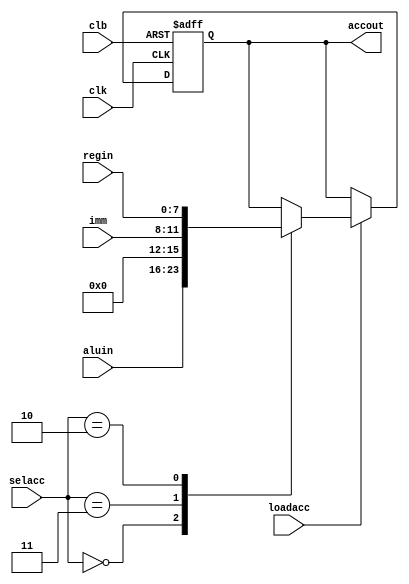
// accumulator
module accumulator(
    output wire [7:0] accout,
    input wire [7:0] aluin,
    input wire [7:0] regin,
    input wire [3:0] imm,
    input wire [1:0] selacc,
    input wire clk,
    input wire clb,
    input wire loadacc
);

reg [7:0] acc;
assign accout = acc;

always @(posedge clk or negedge clb) begin
    if(clb == 1'b0)
        acc <= 8'b0;
    else if (loadacc == 1'b1) begin
        case(selacc)
            2'b00: acc <= aluin;
            2'b11: acc <= {4'b0, imm};
            2'b10: acc <= regin;
        endcase
    end
end

endmodule